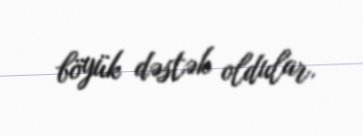
böyük dəstək oldular.